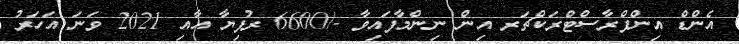
އެންޑް އިންފްރާސްޓްރަކްޗަރ އިން ނިންމާފައިވާ -/6600 ރުފިޔާ އާއި 2021 ވަނަ އަހަރު